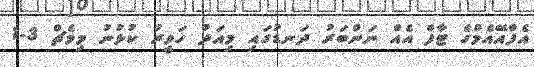
އެފްއޭޭއެމްގެ ޓާފް އެއް ނަންބަރު ދަނޑުގައި މިއަދު ހަވީރު ކުޅުނު މިމެޗް 3-1